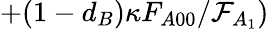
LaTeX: +(1-d_{B})\kappa F_{A00}/\mathcal{F}_{A_{1}})